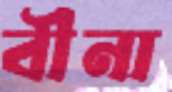
বীনা